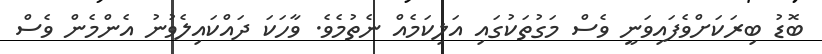
ބޮޑު ބިރަކަށްވެފައިވަނީ ވެސް މަގުތަކުގައި އަލިކަމެއް ނެތުމެވެ. ވާހަކަ ދައްކައިލެވުނު އެންމެން ވެސް